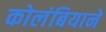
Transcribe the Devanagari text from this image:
कोलंबियाने